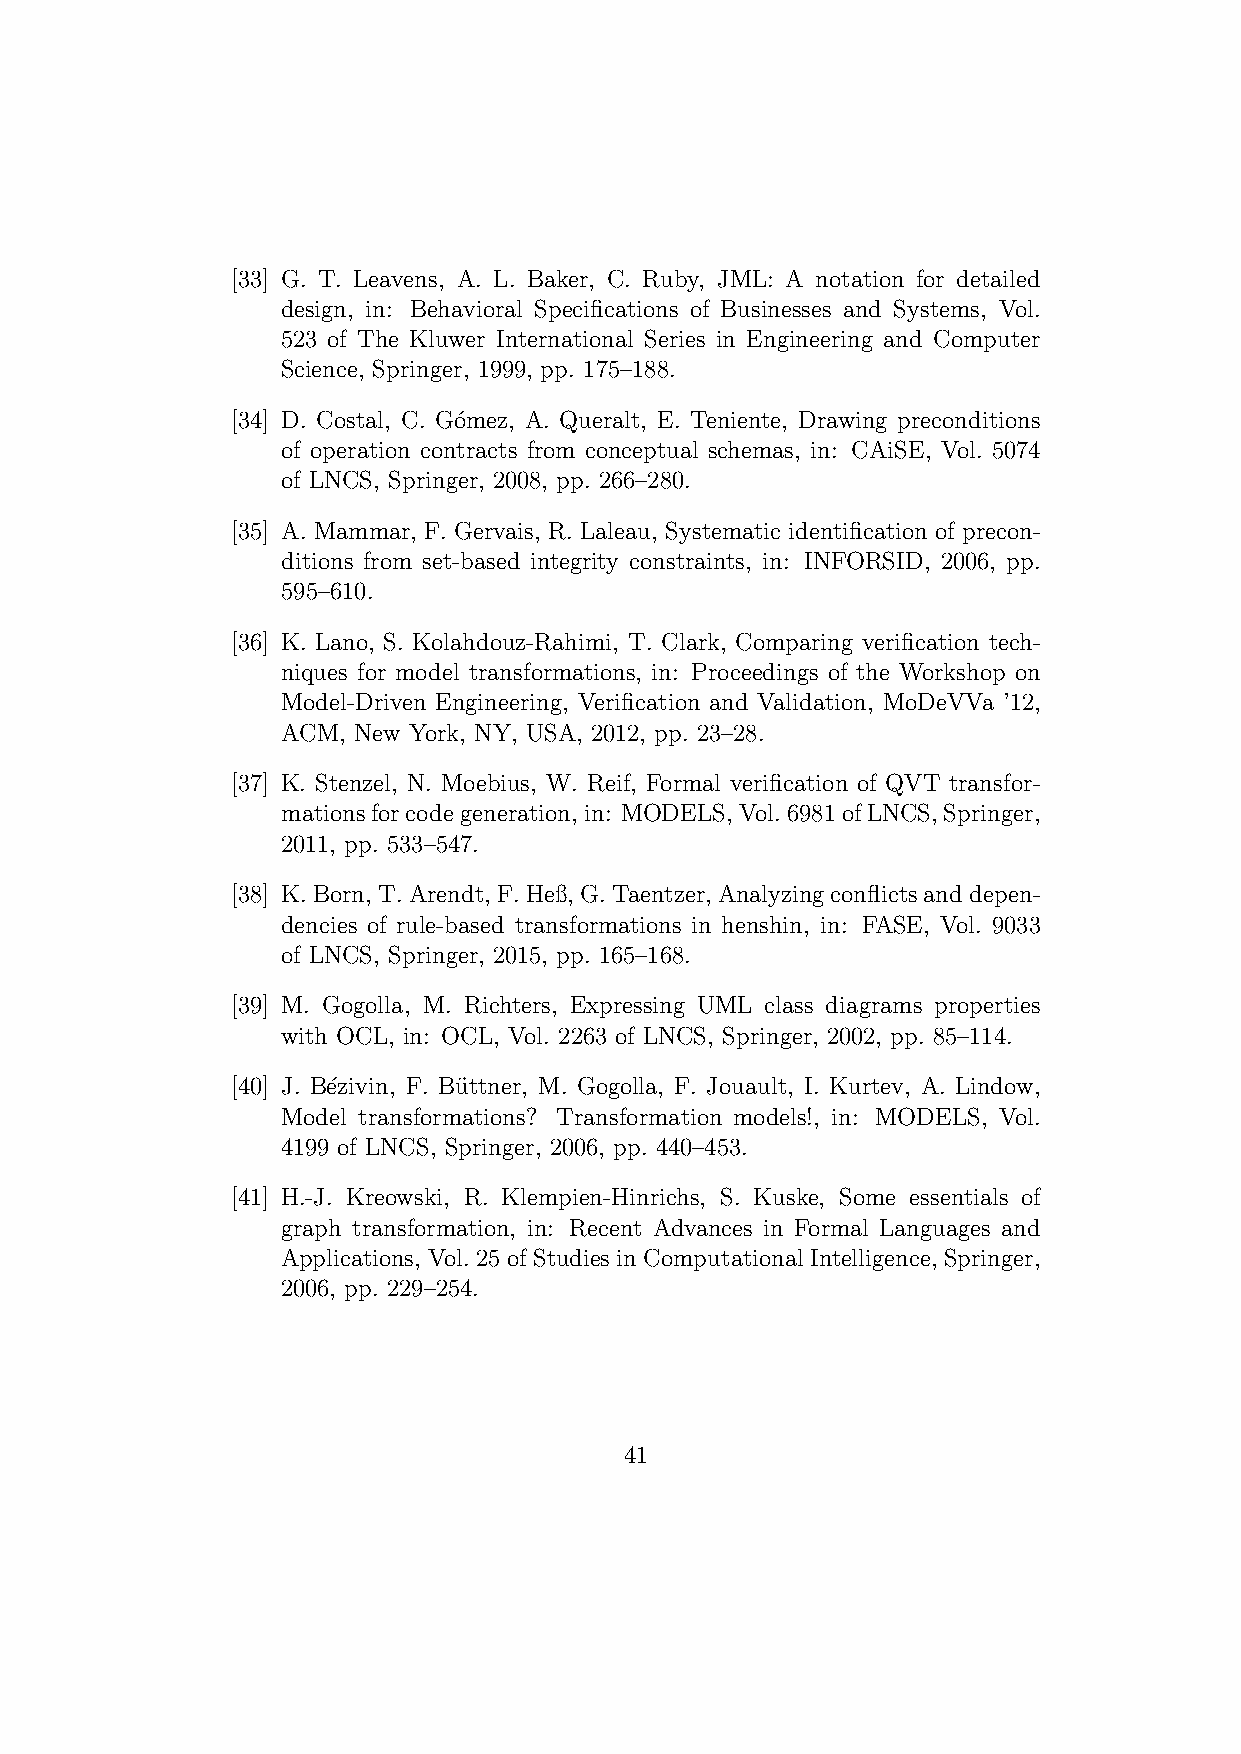
[33] G. T. Leavens, A. L. Baker, C. Ruby, JML: A notation for detailed
 design, in: Behavioral Specifications of Businesses and Systems, Vol.
 523 of The Kluwer International Series in Engineering and Computer
 Science, Springer, 1999, pp. 175–188.
 [34] D. Costal, C. G´omez, A. Queralt, E. Teniente, Drawing preconditions
 of operation contracts from conceptual schemas, in: CAiSE, Vol. 5074
 of LNCS, Springer, 2008, pp. 266–280.
 [35] A. Mammar, F. Gervais, R. Laleau, Systematic identification of precon-
 ditions from set-based integrity constraints, in: INFORSID, 2006, pp.
 595–610.
 [36] K. Lano, S. Kolahdouz-Rahimi, T. Clark, Comparing verification tech-
 niques for model transformations, in: Proceedings of the Workshop on
 Model-Driven Engineering, Verification and Validation, MoDeVVa ’12,
 ACM, New York, NY, USA, 2012, pp. 23–28.
 [37] K. Stenzel, N. Moebius, W. Reif, Formal verification of QVT transfor-
 mationsforcodegeneration, in: MODELS,Vol.6981ofLNCS,Springer,
 2011, pp. 533–547.
 [38] K.Born, T.Arendt, F.Heß, G.Taentzer, Analyzingconflictsanddepen-
 dencies of rule-based transformations in henshin, in: FASE, Vol. 9033
 of LNCS, Springer, 2015, pp. 165–168.
 [39] M. Gogolla, M. Richters, Expressing UML class diagrams properties
 with OCL, in: OCL, Vol. 2263 of LNCS, Springer, 2002, pp. 85–114.
 [40] J. B´ezivin, F. Bu¨ttner, M. Gogolla, F. Jouault, I. Kurtev, A. Lindow,
 Model transformations? Transformation models!, in: MODELS, Vol.
 4199 of LNCS, Springer, 2006, pp. 440–453.
 [41] H.-J. Kreowski, R. Klempien-Hinrichs, S. Kuske, Some essentials of
 graph transformation, in: Recent Advances in Formal Languages and
 Applications, Vol. 25 of Studies in Computational Intelligence, Springer,
 2006, pp. 229–254.
 41